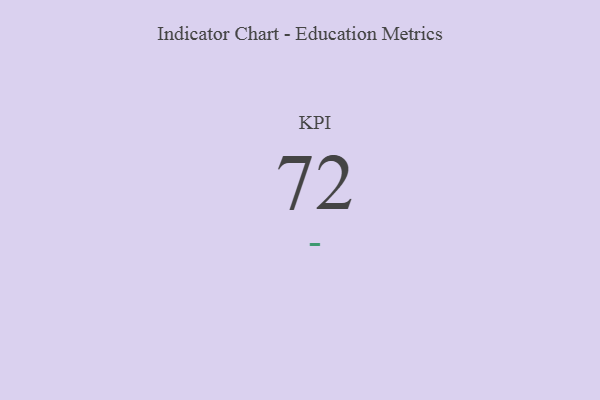
{"axis": {"x": "KPI", "y": "Value"}, "legend": [""], "data": [{"x": "KPI", "y": 72, "type": ""}]}